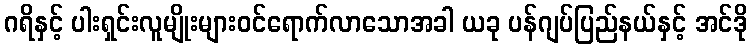
ဂရိနှင့် ပါးရှင်းလူမျိုးများဝင်ရောက်လာသောအခါ ယခု ပန်ဂျပ်ပြည်နယ်နှင့် အင်ဒို